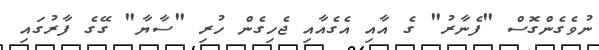
ނުވެގެންގޮސް "ފެނާރު" ގެ އާއި އެގެއާއި ޖެހިގެން ހުރި "ސާޔާ" ގޭގެ ފާރުގައި